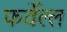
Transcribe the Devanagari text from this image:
फर्वेल्ल